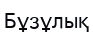
Бұзұлық